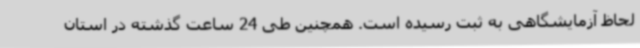
لحاظ آزمایشگاهی به ثبت رسیده است. همچنین طی 24 ساعت گذشته در استان